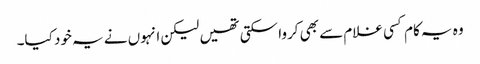
وہ یہ کام کسی غلام سے بھی کروا سکتی تھیں لیکن انہوں نے یہ خود کیا۔